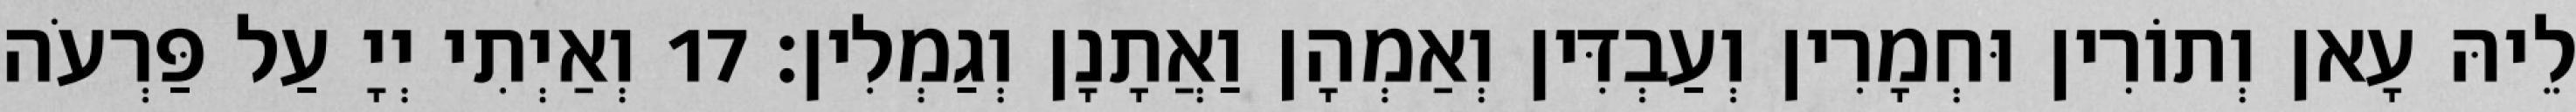
לֵיהּ עָאן וְתוֹרִין וּחְמָרִין וְעַבְדִּין וְאַמְהָן וַאֲתָנָן וְגַמְלִין׃ 17 וְאַיְתִי יְיָ עַל פַּרְעֹה